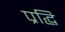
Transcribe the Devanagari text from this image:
प्रद्धि